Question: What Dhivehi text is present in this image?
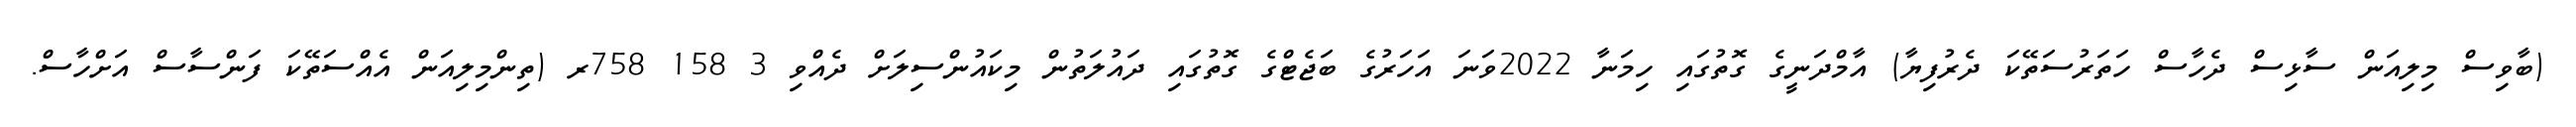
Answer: (ބާވިސް މިލިއަން ސާޅިސް ދެހާސް ހަތަރުސަތޭކަ ދެރުފިޔާ) އާމްދަނީގެ ގޮތުގައި ހިމަނާ 2022ވަނަ އަހަރުގެ ބަޖެޓްގެ ގޮތުގައި ދައުލަތުން މިކައުންސިލަށް ދެއްވި 3 158 758ރ (ތިންމިލިއަން އެއްސަތޭކަ ފަންސާސް އަށްހާސް.